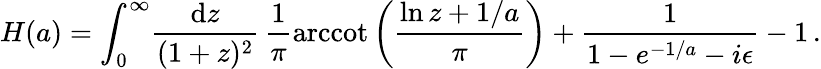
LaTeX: H(a)=\int_{0}^{\infty}\! {\frac{\mathrm{d}z}{(1+z)^{2}}}\, {\frac{1}{\pi}}\mathrm{arccot}\, \bigg({\frac{\ln z+1/a}{\pi}}\bigg)+{\frac{1}{1-e^{-1/a}-i\epsilon}}-1\, .